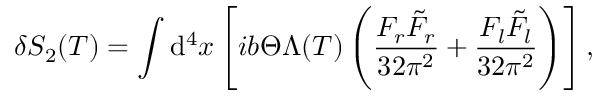
\delta S _ { 2 } ( T ) = \int \mathrm { d } ^ { 4 } x \left[ i b \Theta \Lambda ( T ) \left( \frac { F _ { r } \tilde { F } _ { r } } { 3 2 \pi ^ { 2 } } + \frac { F _ { l } \tilde { F } _ { l } } { 3 2 \pi ^ { 2 } } \right) \right] ,